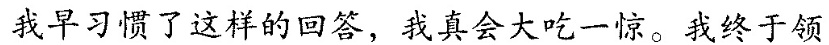
我早习惯了这样的回答，我会大吃一惊。我终于领